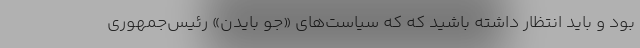
بود و باید انتظار داشته باشید که که سیاست‌های «جو بایدن» رئیس‌جمهوری